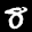
Label: 8